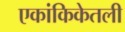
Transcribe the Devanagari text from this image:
एकांकिकेतली